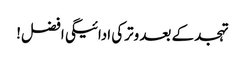
تہجد کے بعد وترکی ادائیگی افضل!